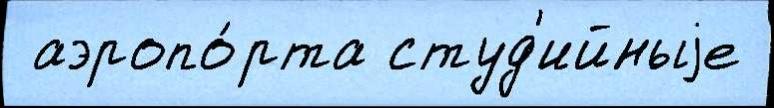
 аэропо́рта студ'ийныjе